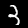
Label: 3